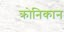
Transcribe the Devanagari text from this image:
क्रोनिकान